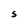
Character: S